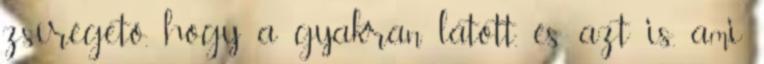
zsírégető, hogy a gyakran látott, és azt is, ami